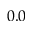
0 . 0